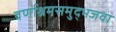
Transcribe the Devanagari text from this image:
वर्णाश्रमसमुद्भजवा